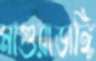
মাগুরাডাঙ্গি